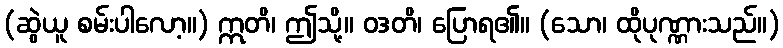
(ဆွဲယူ စမ်းပါလော့။) ဣတိ၊ ဤသို့။ ဝဒတိ၊ ပြောရ၏။ (သော၊ ထိုပုဏ္ဏားသည်။)